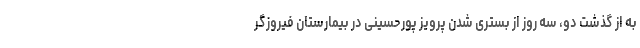
به از گذشت دو، سه روز از بستری شدن پرویز پورحسینی در بیمارستان فیروزگر